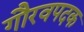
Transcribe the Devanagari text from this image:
गौरवपदक